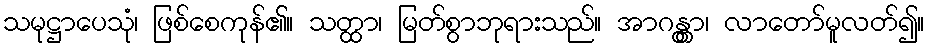
သမုဋ္ဌာပေသုံ၊ ဖြစ်စေကုန်၏။ သတ္ထာ၊ မြတ်စွာဘုရားသည်။ အာဂန္တွာ၊ လာတော်မူလတ်၍။